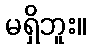
မရှိဘူး။